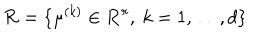
{ \cal R } = \{ \mu ^ { ( k ) } \in \mathbf { R } ^ { r } , \ k = 1 , \ldots , d \}